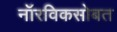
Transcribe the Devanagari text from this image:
नॉरविकसोबत